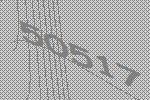
50517